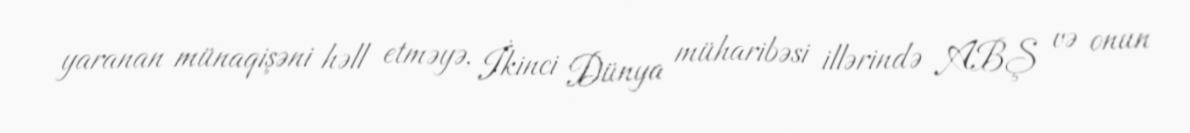
yaranan münaqişəni həll etməyə, İkinci Dünya müharibəsi illərində ABŞ və onun